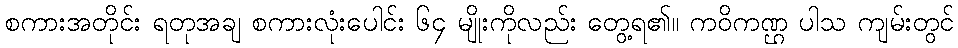
စကားအတိုင်း ရတုအချ စကားလုံးပေါင်း ၆၄ မျိုးကိုလည်း တွေ့ရ၏။ ကဝိကဏ္ဌ ပါသ ကျမ်းတွင်